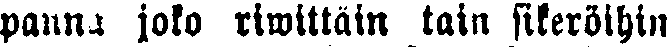
panna joko riwittäin tain sikeröihin